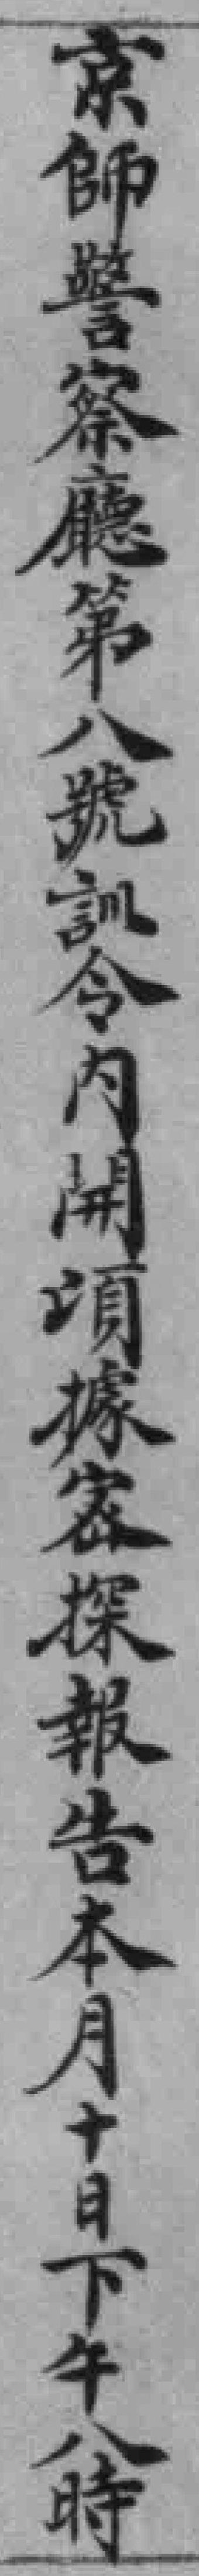
京師警察廳第八號訓令內開頃據密探報告本月十日下午八時